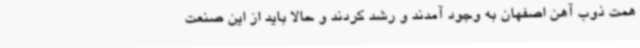
همت ذوب آهن اصفهان به وجود آمدند و رشد کردند و حالا باید از این صنعت